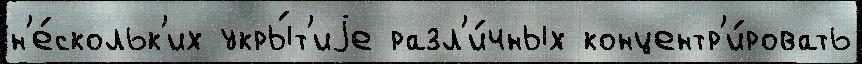
н'е́скольк'их укры́т'иjе разл'и́чных концентр'и́ровать